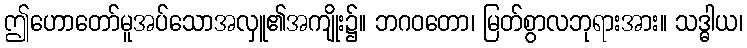
ဤဟောတော်မူအပ်သောအလှူ၏အကျိုး၌။ ဘဂဝတော၊ မြတ်စွာလဘုရားအား။ သဒ္ဓါယ၊